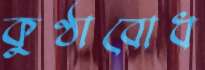
কুণ্ঠাবোধ